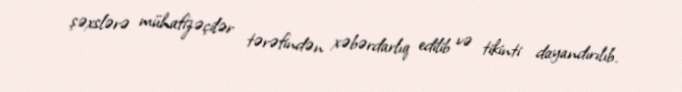
şəxslərə mühafizəçilər tərəfindən xəbərdarlıq edilib və tikinti dayandırılıb.